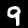
Label: 9